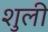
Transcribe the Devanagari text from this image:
शुली